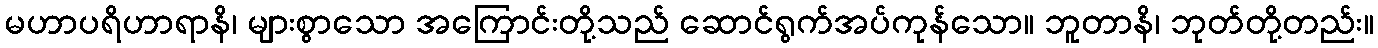
မဟာပရိဟာရာနိ၊ များစွာသော အကြောင်းတို့သည် ဆောင်ရွက်အပ်ကုန်သော။ ဘူတာနိ၊ ဘုတ်တို့တည်း။